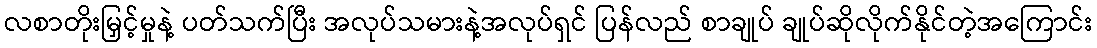
လစာတိုးမြှင့်မှုနဲ့ ပတ်သက်ပြီး အလုပ်သမားနဲ့အလုပ်ရှင် ပြန်လည် စာချုပ် ချုပ်ဆိုလိုက်နိုင်တဲ့အကြောင်း